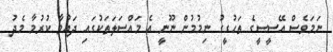
ނަމަވެސް އޭސީސީގެ ތަހުގީގު ނިމުމުން ނޫނީ އެ މައްސަލަތަކުގައި ދައުވާ ކުރުމާ މެދު